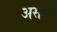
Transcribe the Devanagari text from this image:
असयो